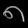
Digit: ၈